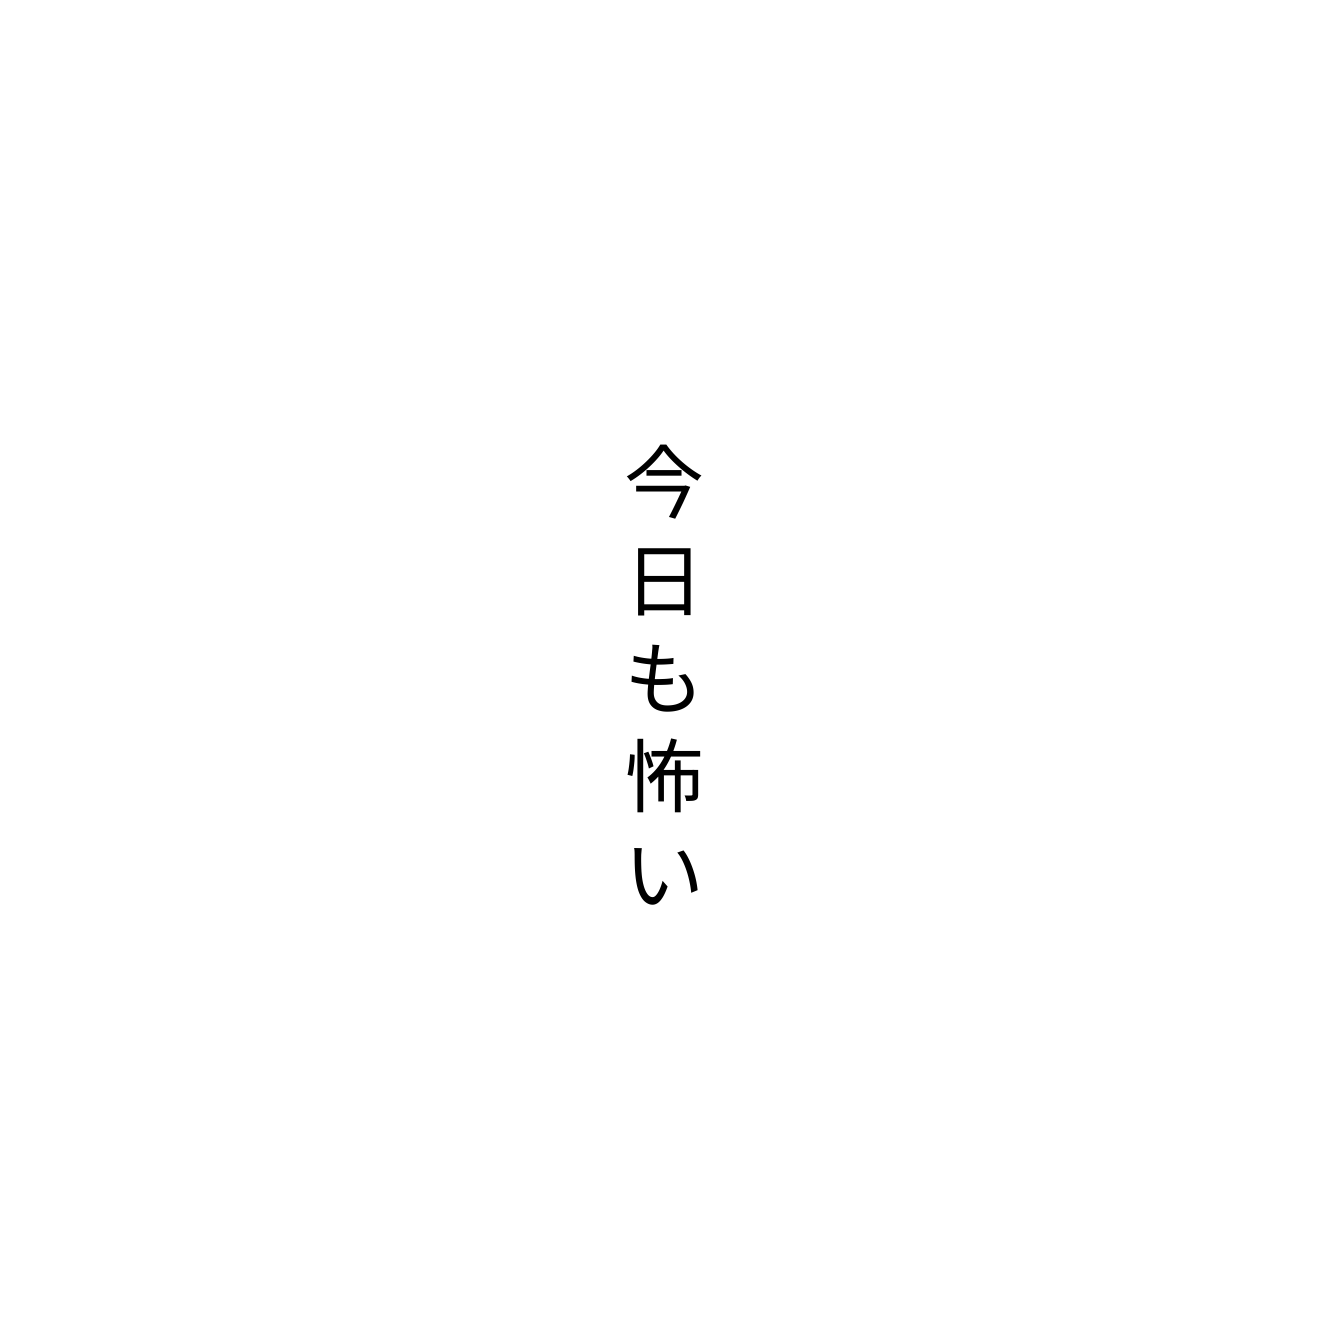
今日も怖い